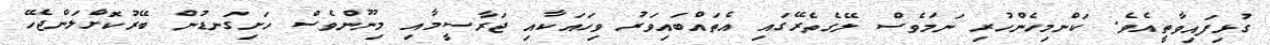
ގުޅިފައިވާތީއެވެ. ކަންމިހެންހުރި ނަމަވެސް ލޭގެތެރޭގައި އެތައްބައިވަރު ވިހައަކާއި ޖަރާސީމާއި މިނޫންވެސް ހަށިގަނޑުން ބޭރުކޮށްލަންޖެހޭ